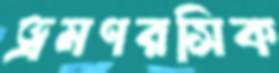
ভ্রমণরসিক